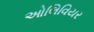
ઓલિવિયર